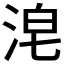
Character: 𰛴